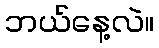
ဘယ်နေ့လဲ။